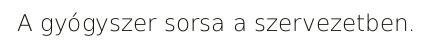
A gyógyszer sorsa a szervezetben.